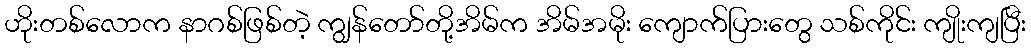
ဟိုးတစ်လောက နာဂစ်ဖြစ်တဲ့ ကျွန်တော်တို့အိမ်က အိမ်အမိုး ကျောက်ပြားတွေ သစ်ကိုင်း ကျိုးကျပြီး